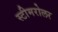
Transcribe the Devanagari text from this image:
स्टीमरोलर